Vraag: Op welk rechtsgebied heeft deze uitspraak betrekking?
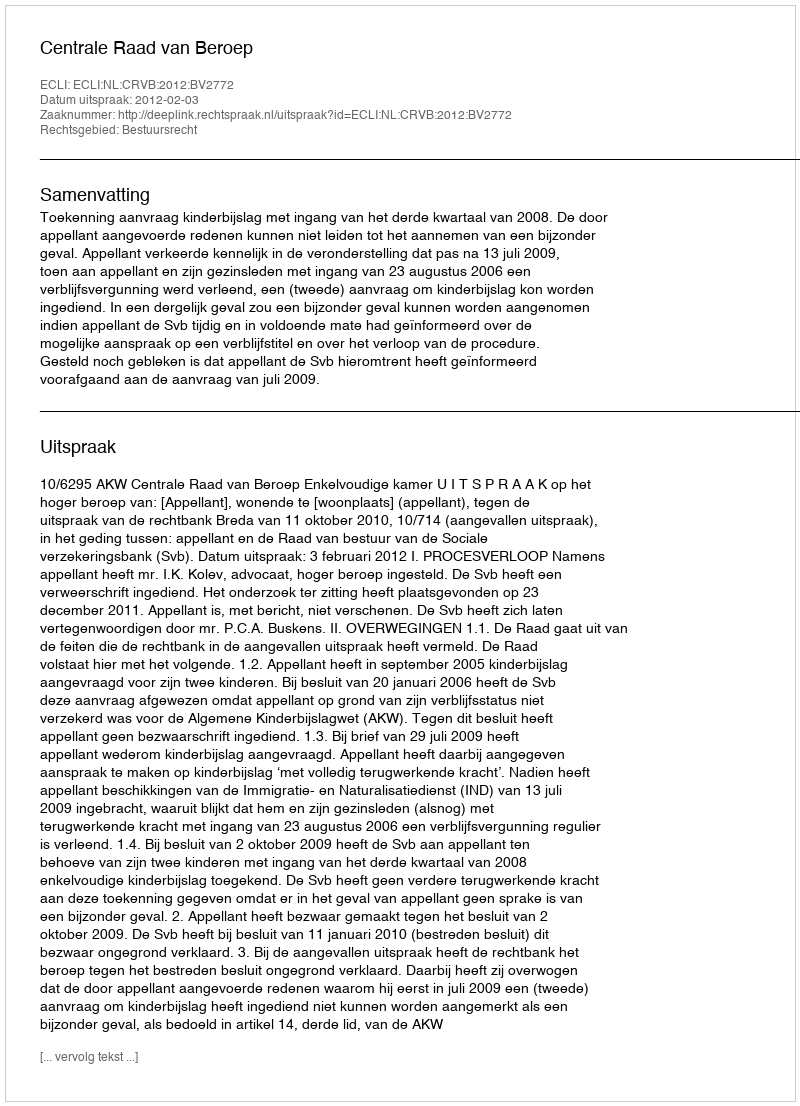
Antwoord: Bestuursrecht